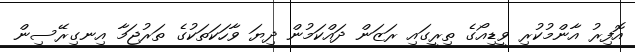
އޮފިރު އާންމުކުރި ވީޑިއޯގެ ތިރީގައި ރަޒަން ދައްކަމުން ދިޔަ ވާހަކަތަކުގެ ތަރުޖަމާ އިނގިރޭސިން